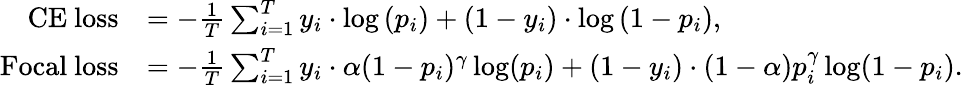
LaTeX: \begin{array}{rl}{\mathrm{CE~loss}}&{=-\frac{1}{T}\sum_{i=1}^{T}y_{i}\cdot\log\left(p_{i}\right)+\left(1-y_{i}\right)\cdot\log\left(1-p_{i}\right),}\\ {\mathrm{Focal~loss}}&{=-\frac{1}{T}\sum_{i=1}^{T}y_{i}\cdot\alpha(1-p_{i})^{\gamma}\log(p_{i})+\left(1-y_{i}\right)\cdot(1-\alpha)p_{i}^{\gamma}\log(1-p_{i}).}\end{array}